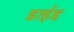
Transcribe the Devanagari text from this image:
डाईड